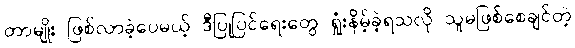
တာမျိုး ဖြစ်လာခဲ့ပေမယ့် ဒီပြုပြင်ရေးတွေ ရှုံးနိမ့်ခဲ့ရသလို သူမဖြစ်စေချင်တဲ့